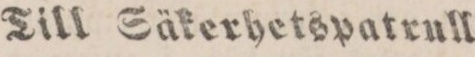
Till Säkerhetspatrull